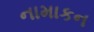
નામાકન